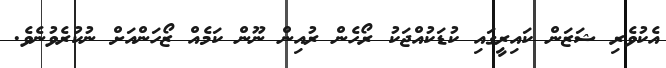
އެކުވެރި ޝަޒަން ކައިރީގައި ކުޑަކުއްޖަކު ރޯހެން ރުއިން ނޫން ކަމެއް ޒޯހަންއަށް ނުކުރެވުނެވެ.